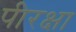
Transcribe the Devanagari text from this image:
पीरक्षा